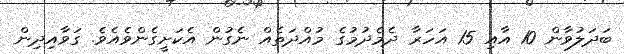
ބަދަލުވާން 10 އާއި 15 އަހަރާ ދެމެދުމުގެ މުއްދަތެއް ނެގުން އެކަށީގެންވެއެވެ. ގަވާއިދިން